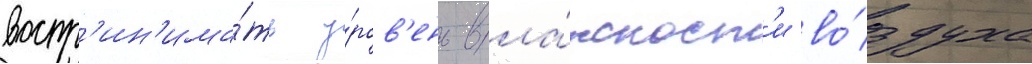
воспр'ин'има́ть у́ров'ень вла́жност'и во́здуха